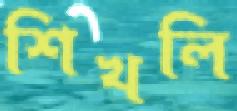
শিখলি